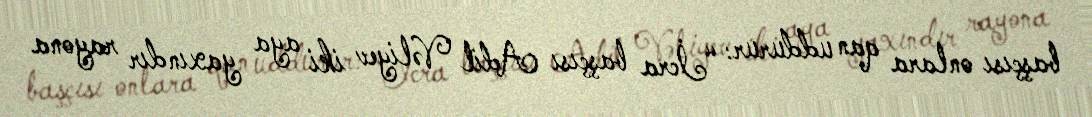
başçısı onlara qan uddurur: “İcra başçısı Adil Vəliyev iki aya yaxındır rayona